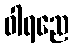
ဝါရညေ